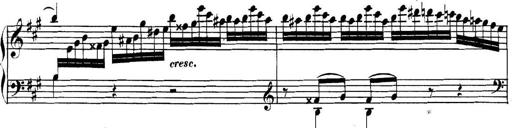
Title: Collected Piano Sonatas
Composer: Muzio Clementi